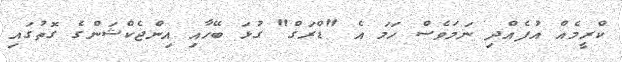
ކްރީމެއް އުފެއްދި ނަމަވެސް ހަމަ އެ "ޑްރަގް" ގުޅަ ބޭހާއި އިންޖެކްޝަންގެ ގޮތުގައި